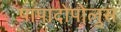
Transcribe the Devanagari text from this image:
पापादोपोलुस